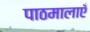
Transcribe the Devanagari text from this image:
पाठमालाएँ